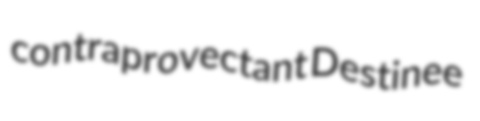
contraprovectant Destinee